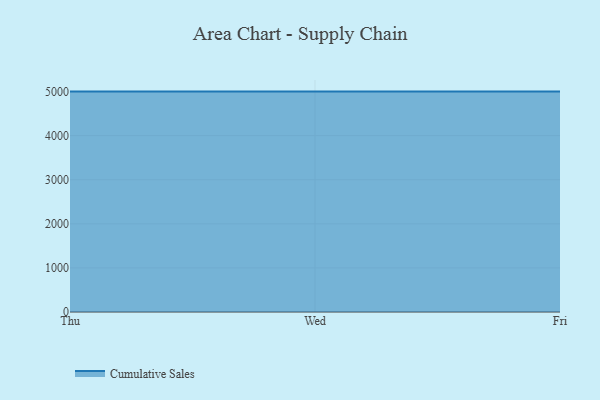
{"axis": {"x": "Day", "y": "Temperature (°C)"}, "legend": ["Cumulative Sales"], "data": [{"x": "Thu", "y": 5000, "type": "Cumulative Sales"}, {"x": "Wed", "y": 5000, "type": "Cumulative Sales"}, {"x": "Fri", "y": 5000, "type": "Cumulative Sales"}]}